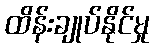
ထိန်းချုပ်နိုင်မှု